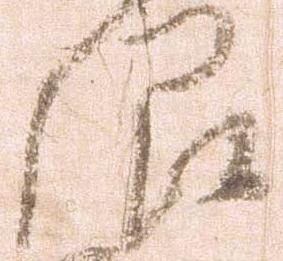
限